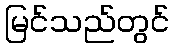
မြင်သည်တွင်